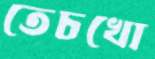
তেচখো